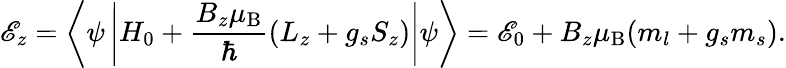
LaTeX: \mathscr{E}_{z}=\left\langle\psi\left|H_{0}+{\frac{{B_{z}\mu_{\mathrm{{{B}}}}}}{{\hbar}}}(L_{z}+g_{s}S_{z})\right|\psi\right\rangle=\mathscr{E}_{0}+B_{z}\mu_{\mathrm{{{B}}}}(m_{l}+g_{s}m_{s}).